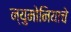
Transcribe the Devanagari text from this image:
न्युमोनियाचे